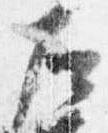
左